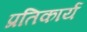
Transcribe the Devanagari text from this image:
प्रतिकार्य